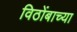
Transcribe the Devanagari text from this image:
विठोंबाच्या